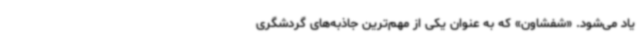
یاد می‌شود. «شفشاون» که به عنوان یکی از مهم‌ترین جاذبه‌های گردشگری